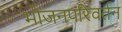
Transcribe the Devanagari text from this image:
भोजनपरिवर्तन